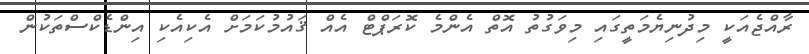
ރާއްޖެއަކީ މިދުނިޔެމަތީގައި މިވަގުތު އޮތް އެންމެ ކޮރަޕްޓް އެއް ޤައުމުކަމަށް އެކިއެކި އިންޑެކްސްތަކުން